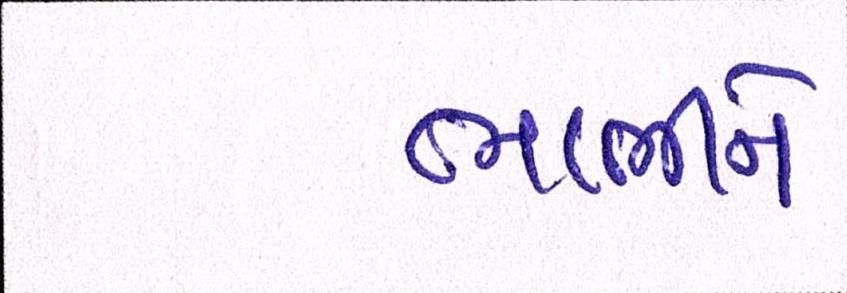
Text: ભાભીને